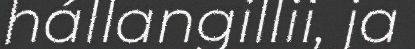
hállangillii, ja